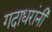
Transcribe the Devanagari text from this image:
गदाधरांनी